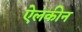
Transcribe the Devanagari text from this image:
ऐलकीन